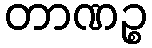
တာဏဉ္စ